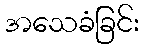
အသေခံခြင်း